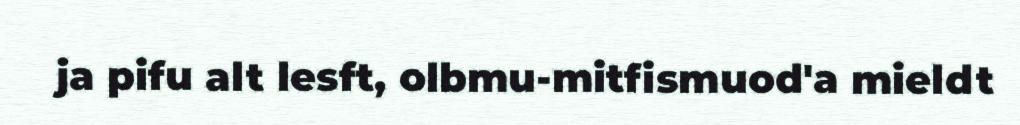
ja pifu alt lesft, olbmu-mitfismuod'a mieldt